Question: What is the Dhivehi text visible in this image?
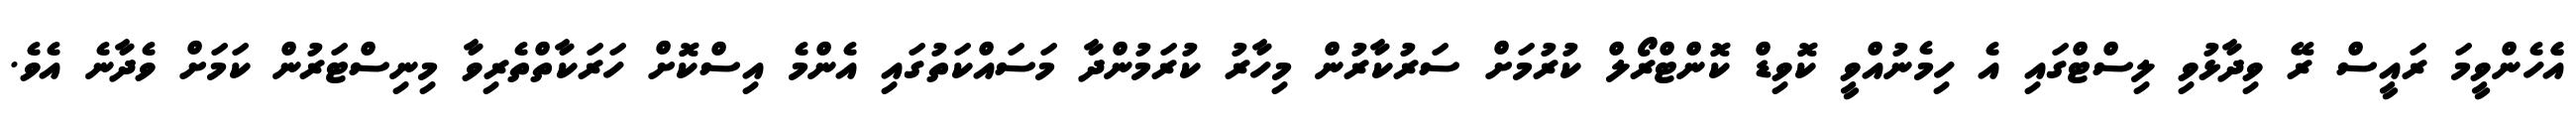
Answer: އެެހެންވީމަ ރައީސް ރޭ ވިދާޅުވި ލިސްޓްގައި އެ ހިމެނުއްވީ ކޮވިޑް ކޮންޓްރޯލް ކުރުމަށް ސަރުކާރުން މިހާރު ކުރަމުންދާ މަސައްކަތުގައި އެންމެ އިސްކޮށް ހަރަކާތްތެރިވާ މިނިސްޓަރުން ކަމަށް ވެދާނެ އެވެ.